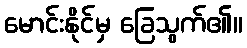
မောင်းနိုင်မှ ခြေသွက်၏။